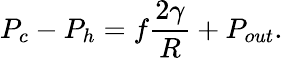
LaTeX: P_{c}-P_{h}=f\frac{2\gamma}{R}+P_{out}.